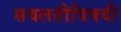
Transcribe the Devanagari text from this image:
सवलतीविषयी